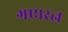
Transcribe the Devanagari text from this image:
गए।रत्न